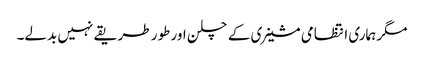
مگر ہماری انتظامی مشینری کے چلن اور طور طریقے نہیں بدلے۔